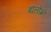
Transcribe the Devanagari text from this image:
बौलोग्ने